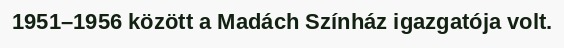
1951–1956 között a Madách Színház igazgatója volt.